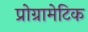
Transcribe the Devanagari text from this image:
प्रोग्रामेटिक